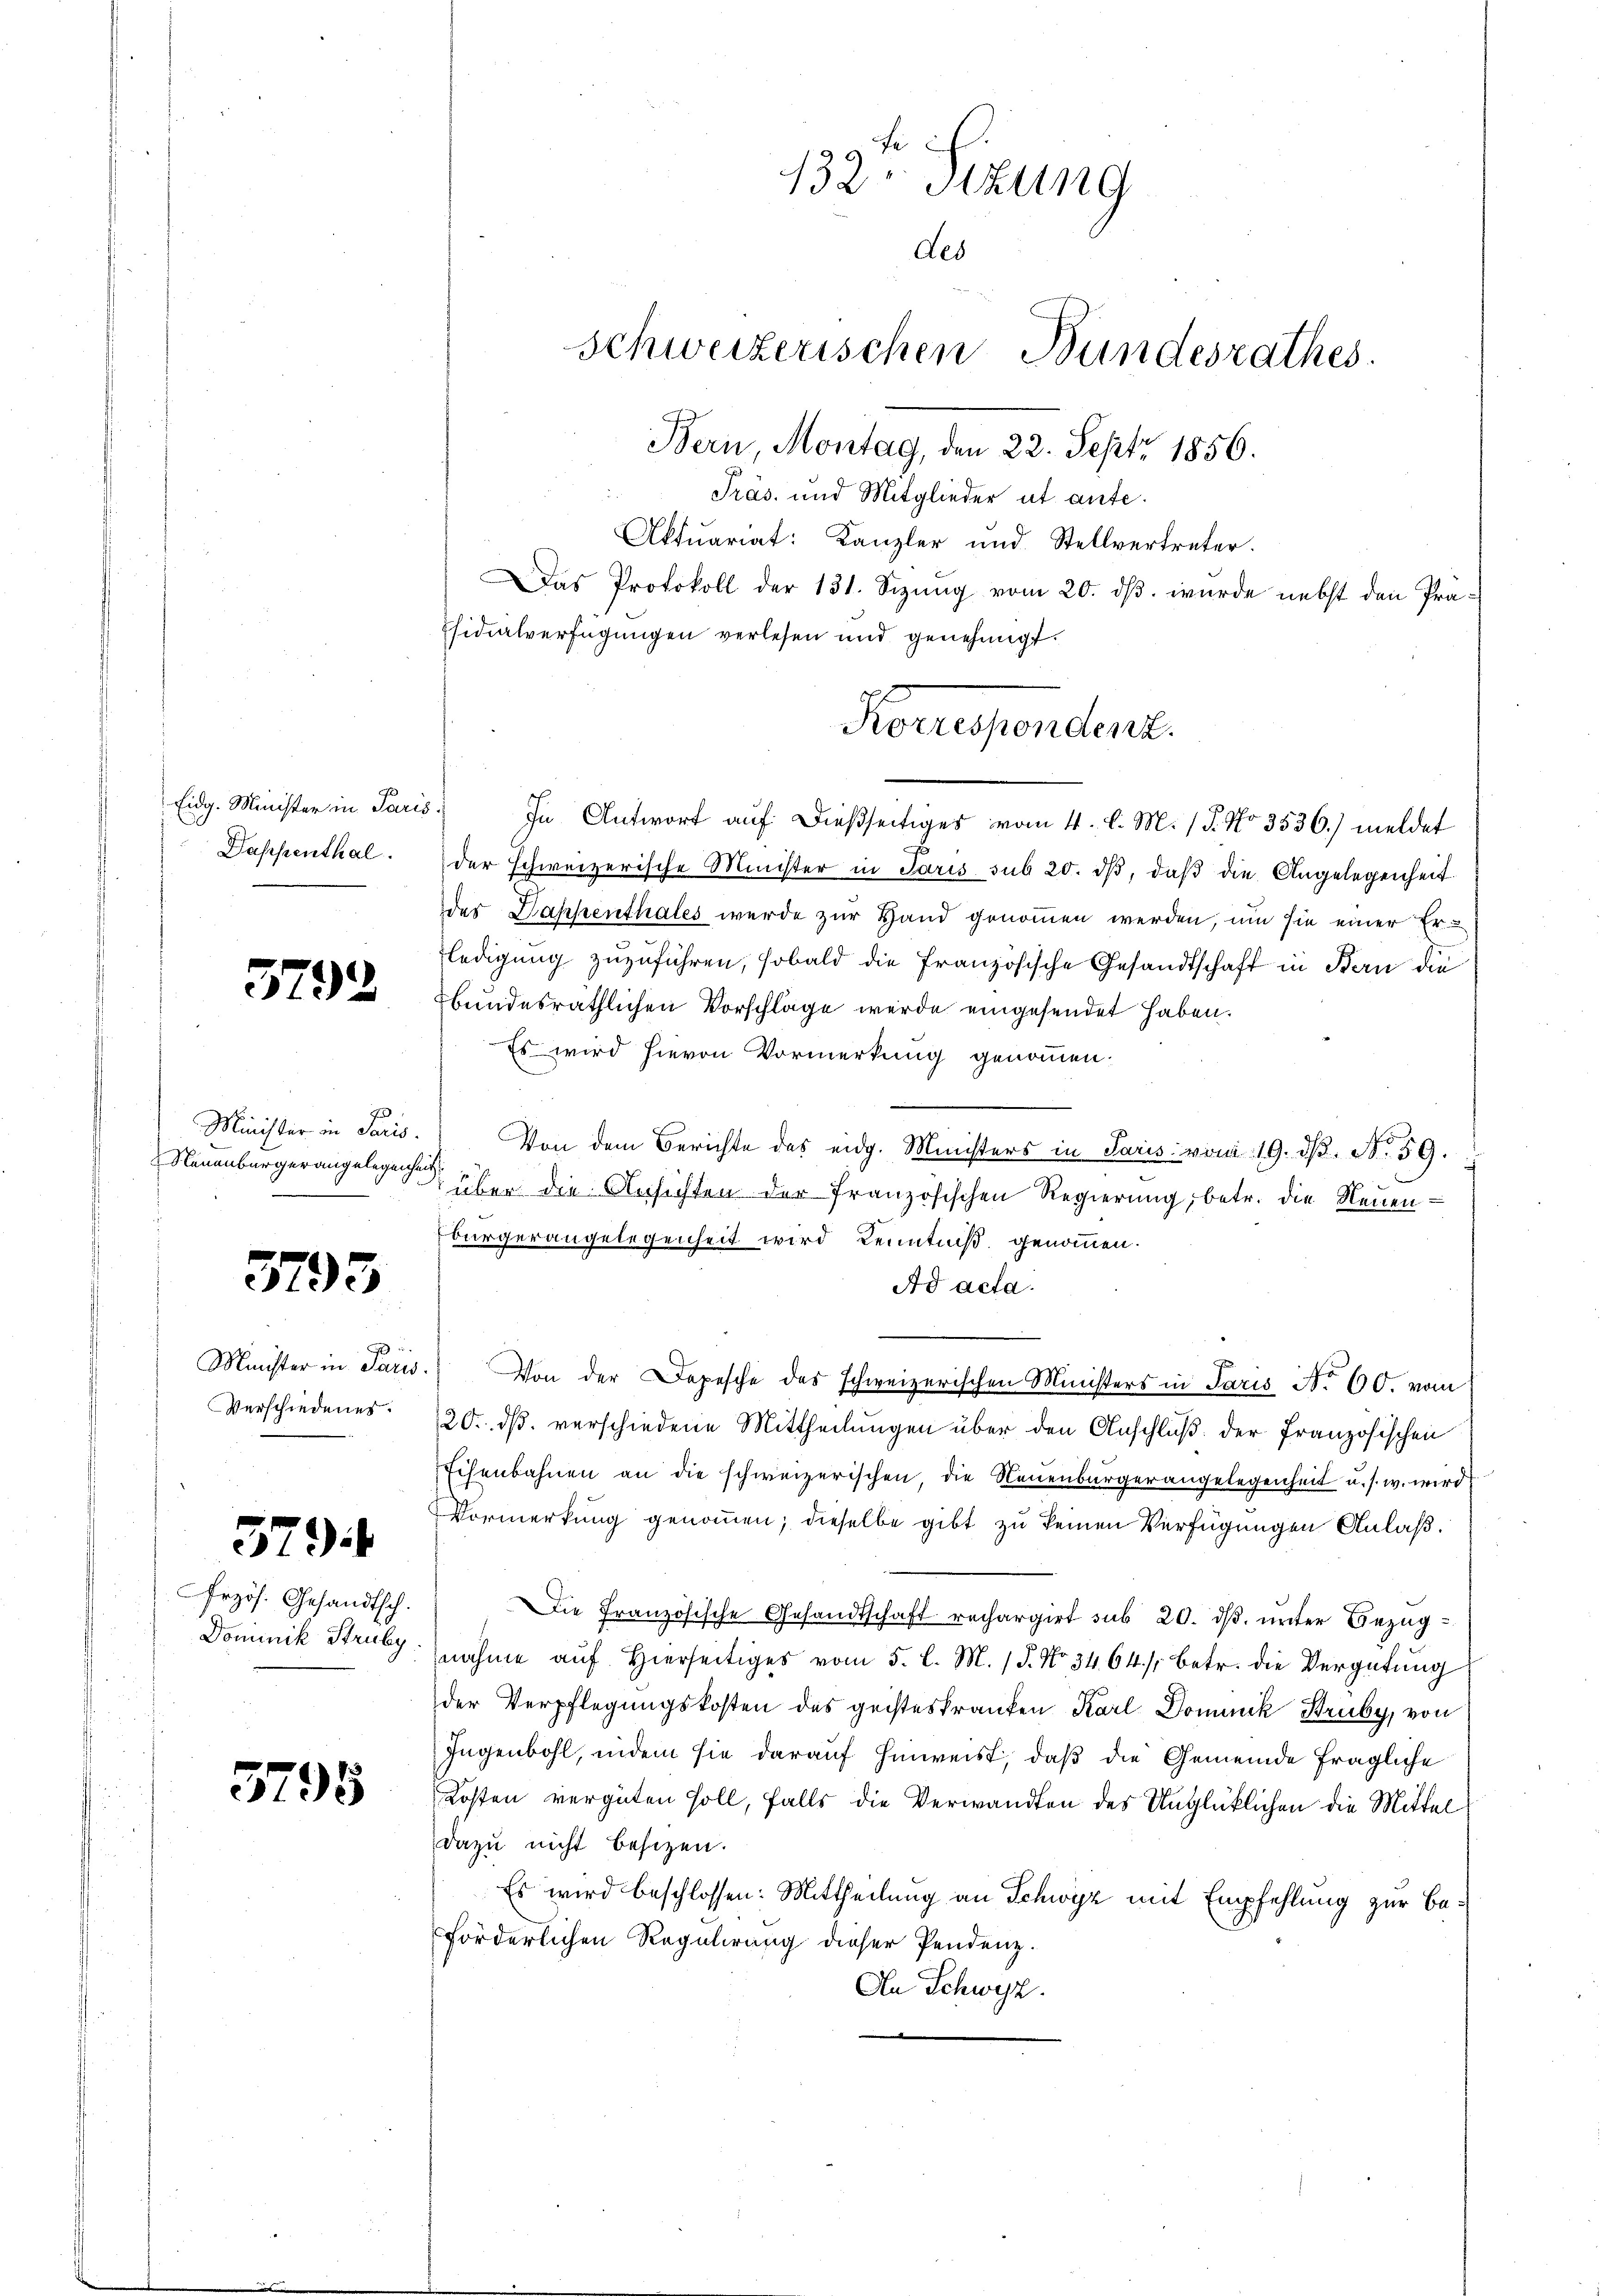
Eidg. Minister in Paris
Dappenthal.

3792

Minister in Paris.
Neuenburgerangelegenheit.

3793

Meister in Paris
Verschiedenes.

579.

Erzös. Gesandtsch.
Dominik Struby.

3795

132. Sizung
des
Schweizerischen Bundesrathes.
Bern Montag, den 22. Sept. 1856.
Präs. und Mitglieder ut aufe.
Aktuariat: Kanzler und Stellvertreter.
Das Protokoll der 131. Sizung vom 20. ds. wurde nebst den Präsidialverfügungen verlesen und genehmigt.

In Antwort auf dießseitiges vom 4. l. M. / P. No 3536.) meldet
der schweizerische Minister in Paris sub 20. dβ, daβ die Angelegenheit
des Dappenthales wurde zur Hand genommen werden, um sie einer Errledigung zuzuführen, sobald die Französische Gesandtschaft in Bern die
bundesräthlichen Vorschläge werde eingesendet haben.
Es wird hievon Vormerkung genommen.
Von dem Berichte des eidg. Ministers in Paris vom 19. dβ. N. 39.
über die Ansichten der französischen Regierung, betr. die Neuen-
bürgerangelegenheit wird Kenntniß genommen.
Ad acta.
 Von der Depesche des schweizerischen Ministers in Paris No 60. vom
20. ds. verschiedene Mittheilungen über den Anschluß der Französischen
Eisenbahnen an die schweizerischen die Neuenburgerangelegenheit u. s. w. wird
Vormerkung genommen; dieselbe gibt zu keinen Verfügungen Anlaß.
Die Französische Gesandtschaft rechargirt sub 20. dß. unter Bezugnahme auf Hierseitiges vom 5. l. M. 18. No 34. 64. /: betr. die Vergütung
der Verpflegungskosten des geisteskranken Karl Dominik Struby, von
Jugenbohl, indem sie darauf hinweist, daß die Gemeinde fragliche
Kosten vergüten soll, falls die Verwandten des Unglücklichen die Mittel
dazu nicht besitzen.
Es wird beschlossen: Mittheilung an Schwyz mit Empfehlung zur Beförderlichen Regulirung dieser Pendenz.
An Schwyz.

Korrespondenz.